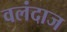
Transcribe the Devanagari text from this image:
वलंदाज